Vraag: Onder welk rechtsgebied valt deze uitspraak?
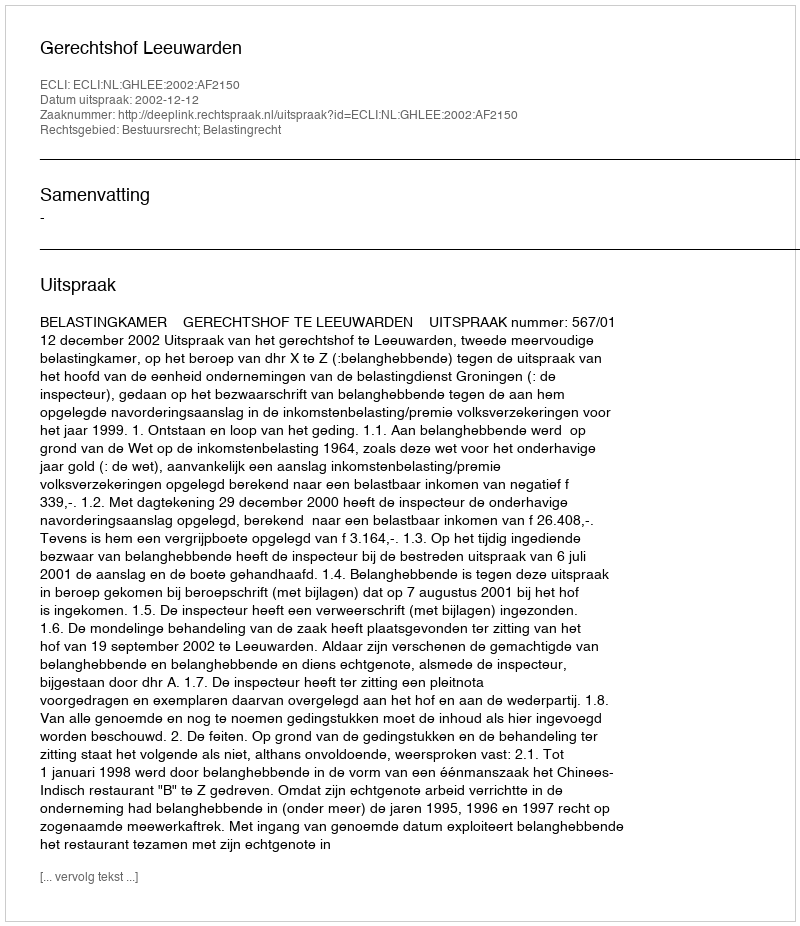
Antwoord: Bestuursrecht; Belastingrecht